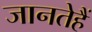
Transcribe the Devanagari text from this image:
जानतेहैं